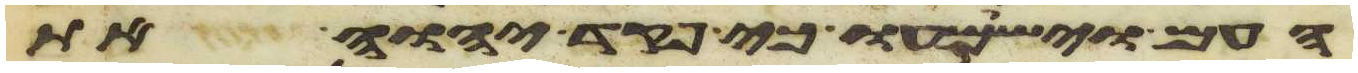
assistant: העם וישמעו כי פקד יהוה את